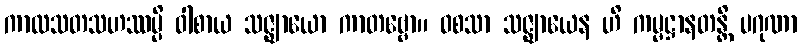
ကာလသတသဟဿမ္ပိ ဝါစာယ သဇ္ဈာယော ကာတဗ္ဗော။ ဝစသာ သဇ္ဈာယေန ဟိ ကမ္မဋ္ဌာနတန္တိ ပဂုဏာ